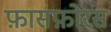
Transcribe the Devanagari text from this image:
फ़ासफ़ोरस